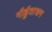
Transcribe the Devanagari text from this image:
गौर्हुताशन